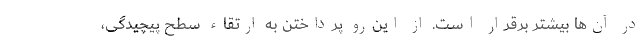
در آن‌ها بیشتر برقرار است. از این‌رو پرداختن به ارتقاء سطح پیچیدگی،